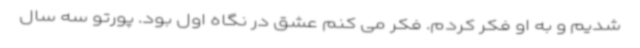
شدیم و به او فکر کردم. فکر می کنم عشق در نگاه اول بود. پورتو سه سال